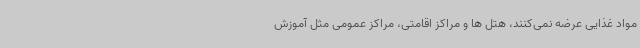
مواد غذایی عرضه نمی‌کنند، هتل ها و مراکز اقامتی، مراکز عمومی مثل آموزش